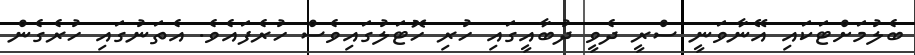
ބެލުމަށްޓަކައި އޭނާވަނީ ސްރީ ދެވީ ދުބާއީގައި ހުރި ހޮޓަލުގައިވެސް ހުރެފައެވެ. އެތަނުގައި ހުރެގެން